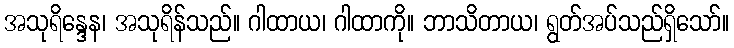
အသုရိန္ဒေန၊ အသုရိန်သည်။ ဂါထာယ၊ ဂါထာကို။ ဘာသိတာယ၊ ရွတ်အပ်သည်ရှိသော်။